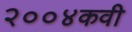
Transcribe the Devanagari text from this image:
२००४कवी